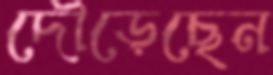
দৌড়েছেন